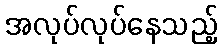
အလုပ်လုပ်နေသည့်